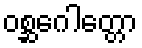
ဝစ္ဆဂေါတ္တော